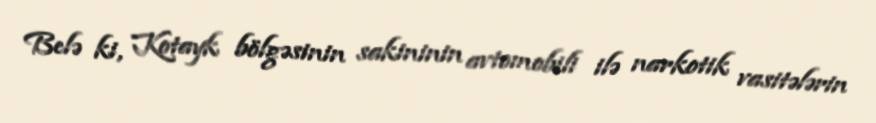
Belə ki, Kotayk bölgəsinin sakininin avtomobili ilə narkotik vasitələrin